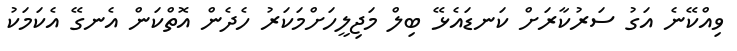
ވިއްކޭނެ އަގު ސަރުކާރަށް ކަނޑައެޅޭ ބިލް މަޖިލީހަށްމަކަރު ހެދެން އޮތްކަން އެނގޭ އެކަމަކު